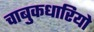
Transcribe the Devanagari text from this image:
चाबुकधारियो